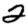
Digit: 2